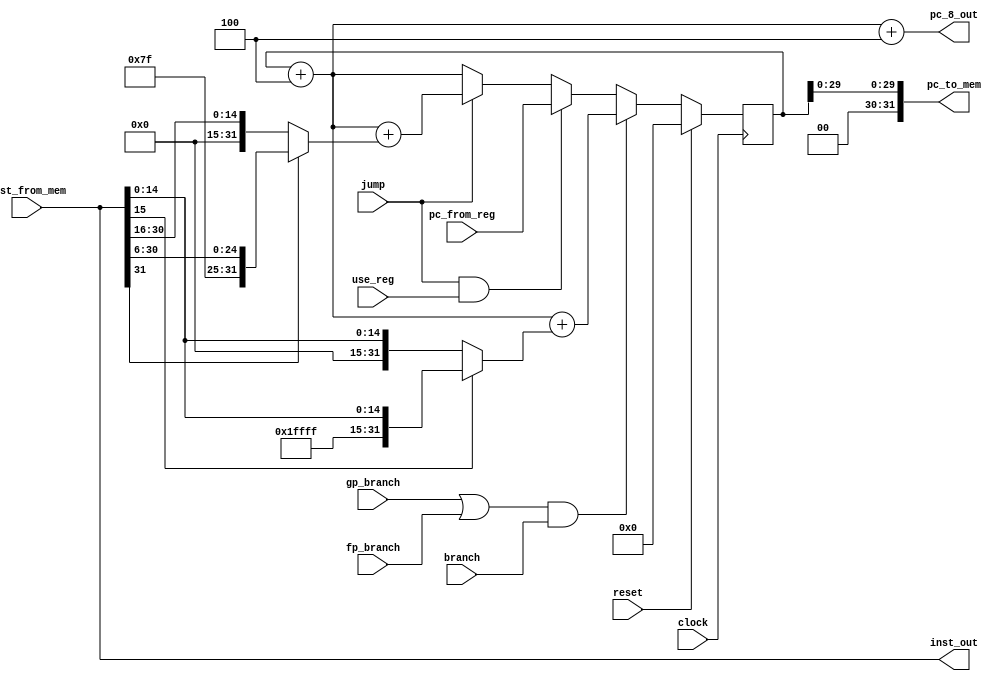
module ifu(
    input         clock,                  // system clock
    input         reset,                  // system reset
	input         branch,                 // whether to branch at all
    input         gp_branch,              // taken-branch signal for alu
    input         fp_branch,              // taken-branch signal for fpu 
    input         jump,                   // jump signal
	input         use_reg,                // if JR or JALR
    input  [0:31] pc_from_reg,            // use if use_reg is TRUE
    input  [0:31] inst_from_mem,          // Data coming back from instruction-memory

    output [0:31] pc_to_mem,              // Address sent to Instruction memory
    output [0:31] pc_8_out,               // PC of to store in reg31 for JAL & JALR (PC+8)
    output [0:31] inst_out                // fetched instruction out
  );

  reg [0:31] branch_offset;
  reg [0:31] jump_offset;

  wire    [0:31] pc_plus_4;               // Default next pc

  reg     [0:31] next_pc;                 // Actual next pc
  reg     [0:31] current_pc;              // PC we are currently fetching

  assign pc_to_mem = {2'b0, current_pc[2:31]};

  // pass instruction fetched from memory to output (assumes memory passes back 32 bits)
  assign inst_out = inst_from_mem;

  // default next PC value
  assign pc_plus_4 = current_pc + 4;

  // Pass PC+8 out to reg31
  assign pc_8_out = pc_plus_4 + 4;

  assign branch_offset = (inst_out[16] == 1) ? {16'hFFFF, inst_out[16:31]} : {16'h0000, inst_out[16:31]};

 assign jump_offset = (inst_out[0] == 1) ? {6'b111111, inst_out[0:25]} : {6'b000000, inst_out[0:15]};
  // calculate next pc
  //always@(branch or gp_branch or fp_branch or jump or use_reg or pc_plus_4 or inst_out or pc_from_reg) begin
	  always @(*) begin
    //If branching, next_pc = pc + 4 + signExtend(inst_out[0:15])
	  if ((gp_branch || fp_branch) && branch)
		  next_pc <= pc_plus_4 + branch_offset;
	  //If JALR or JR, next_pc = reg31
	  else if (jump && use_reg)
		  next_pc <= pc_from_reg;
	  //If jumping (without reg), next_pc = pc + 4 + signExtend(inst_out[0:25])
	  else if (jump)
		  next_pc <= pc_plus_4 + jump_offset;
	  //Default: move to next word in mem, pc = pc + 4
	  else
		  next_pc <= pc_plus_4;
  end

  // This register holds the PC value
  always@(posedge clock) begin
    if(reset)
      current_pc <= 32'b0;       // initial PC value is 0
    else
      current_pc <= next_pc;    // transition to next PC
  end 

endmodule